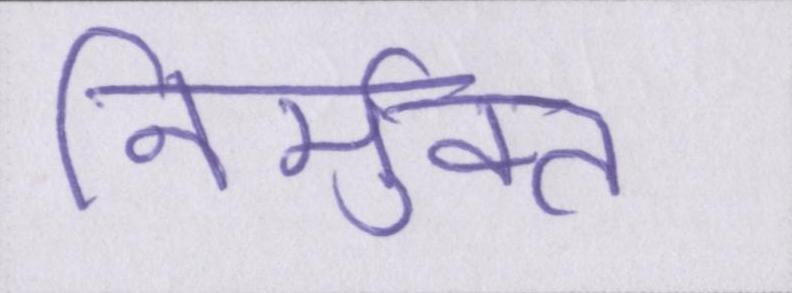
निर्मुक्त